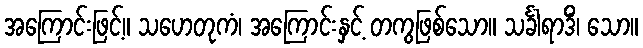
အကြောင်းဖြင့်။ သဟေတုကံ၊ အကြောင်းနှင့် တကွဖြစ်သော။ သင်္ခါရာဒိံ၊ သော။